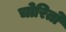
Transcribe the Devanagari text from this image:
चोरितो